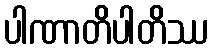
ပါဏာတိပါတိဿ